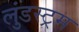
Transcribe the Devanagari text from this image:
लुंडस्ट्रम